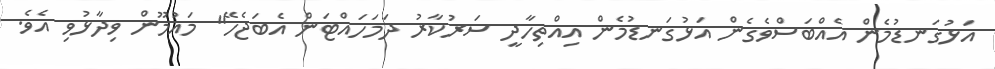
އަޅުގަނޑުމެން އެއްބަސްވެގެން އަޅުގަނޑުމެން އިއްތިހާދީ ސަރުކާރު ދަމަހައްޓަން އެބަޖެހޭ" މައުމޫން ވިދާޅުވި އެވެ.